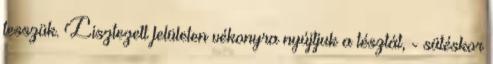
tesszük. Lisztezett felületen vékonyra nyújtjuk a tésztát, - sütéskor